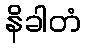
နိခါတံ